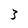
Character: 3